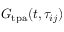
G _ { \mathrm { t p a } } ( t , \tau _ { i j } )